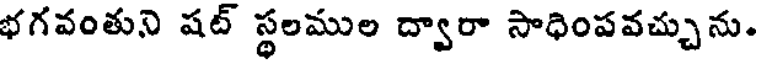
భగవంతుని షట్ స్థలముల ద్వారా సాధింపవచ్చును.